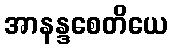
အာနန္ဒစေတိယေ